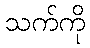
သက်ကို